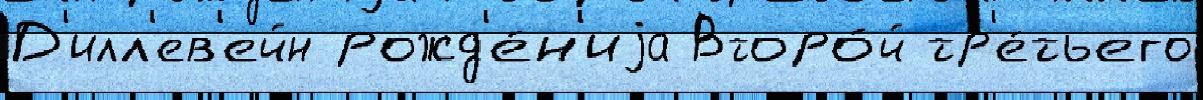
Д'илл'ев'ейн рожд'е́н'иjа Второ́й тр'е́тьего